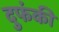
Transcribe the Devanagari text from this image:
दुफंकी